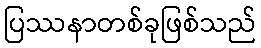
ပြဿနာတစ်ခုဖြစ်သည်